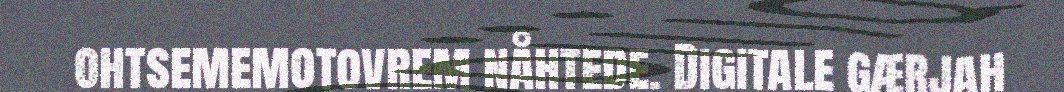
ohtsememotovrem nåhtede. Digitale gærjah